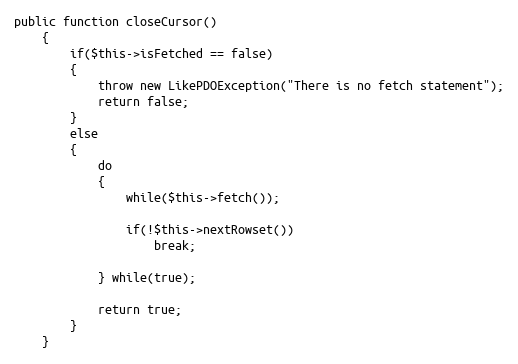
Language: PHP
public function closeCursor()
	{
		if($this->isFetched == false)
		{
			throw new LikePDOException("There is no fetch statement");
			return false;
		}
		else
		{
			do
			{
				while($this->fetch());

				if(!$this->nextRowset())
					break;

			} while(true);

			return true;
		}
	}